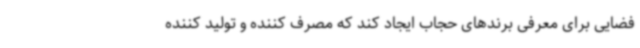
فضایی برای معرفی برندهای حجاب ایجاد کند که مصرف کننده و تولید کننده